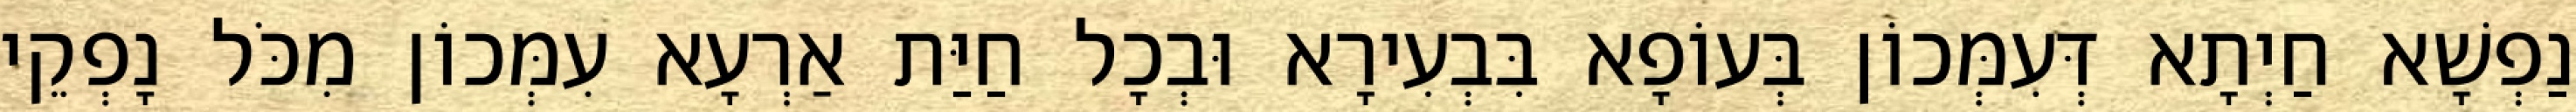
נַפְשָׁא חַיְתָא דְּעִמְּכוֹן בְּעוֹפָא בִּבְעִירָא וּבְכָל חַיַּת אַרְעָא עִמְּכוֹן מִכֹּל נָפְקֵי